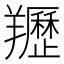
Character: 䍽